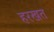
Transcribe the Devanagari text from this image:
हरखत